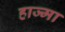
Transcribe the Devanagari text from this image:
हाज्मा